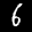
Label: 6